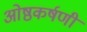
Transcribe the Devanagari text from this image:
ओष्ठकर्षणी